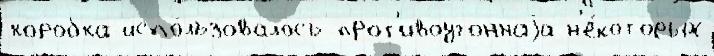
коробка испо́льзовалось прот'ивоугоннаjа н'е́которых